画像に写った文字を読んでください
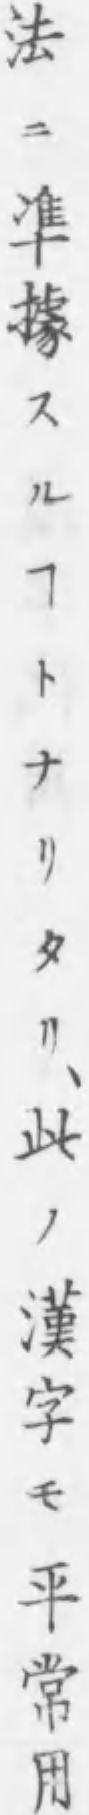
「法ニ準據スルヿトナリタリ、此ノ漢字モ平常用」と書いてあります